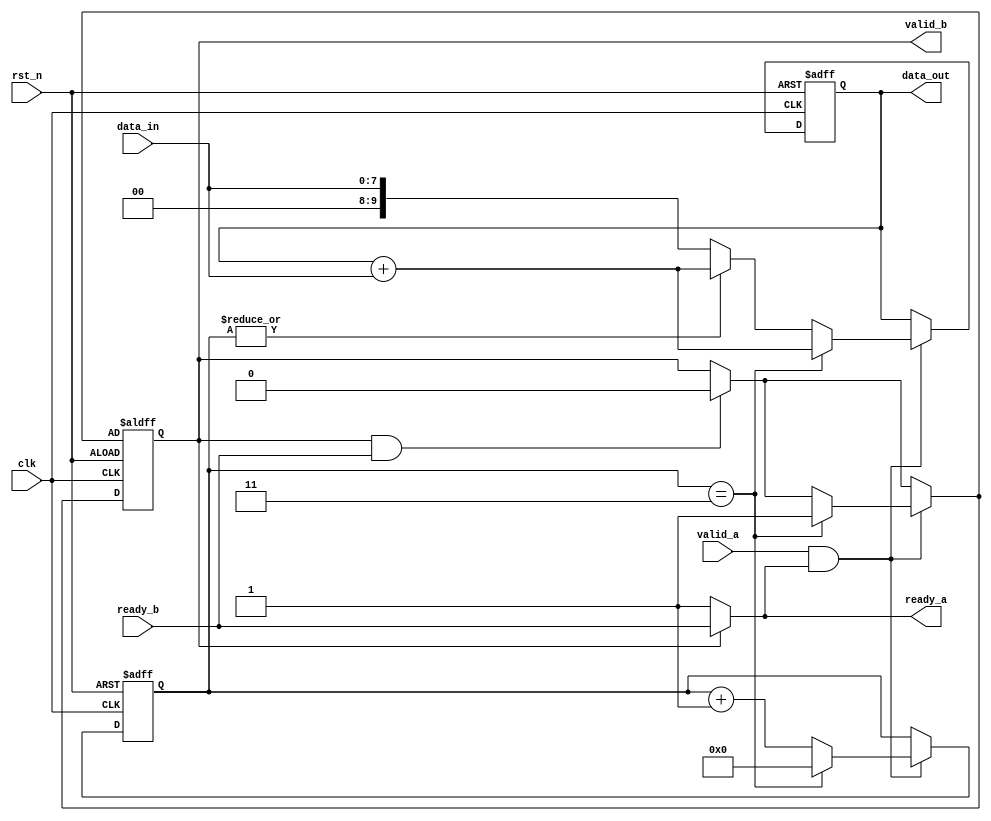

/*
 * VL31  
 *  8bit44valid-ready
 * valid_adata_invalid_bdata_outready_aready_bclkrst_n 
 */
`timescale 1ns/1ns

module valid_ready(
    input  wire clk,
    input  wire rst_n,

    input  wire [7:0] data_in,
    input  wire valid_a,
    output wire ready_a,

    output wire [9:0] data_out,
    output wire valid_b,
    input  wire ready_b  
);
    localparam OUT_WIDTH = 10;
    localparam IN_WIDTH = 8;
    localparam CNT_WIDTH = 4;
    reg [OUT_WIDTH-1:0] data_out_reg = {OUT_WIDTH{1'b0}}, data_out_next;
    reg [IN_WIDTH-1:0] data_in_reg = {IN_WIDTH{1'b0}}, data_in_next;
    reg [CNT_WIDTH-1:0] cnt_reg = {CNT_WIDTH{1'b0}}, cnt_next;
    reg valid_b_reg = 1'b0, valid_b_next;
    assign ready_a = valid_b_reg ? ready_b : 1'b1;
    assign valid_b = valid_b_reg;
    assign data_out = data_out_reg;
    always @(*) begin
        data_out_next = data_out_reg;
        valid_b_next = valid_b_reg;
        cnt_next = cnt_reg;
        if (valid_b & ready_b) begin
            valid_b_next = 1'b0;
        end
        if (valid_a & ready_a) begin
            data_out_next = data_out_reg+{2'b00, data_in};
            cnt_next = cnt_reg + 1;
            if (cnt_reg == 4'h3) begin
                cnt_next = {CNT_WIDTH{1'b0}};
                valid_b_next = 1'b1;
            end else if (~|cnt_reg) begin
                data_out_next = {2'b00, data_in};
            end
        end
    end
    always @(posedge clk or negedge rst_n) begin
        if (~rst_n) begin
            data_out_reg <= {OUT_WIDTH{1'b0}};
            data_in_reg <= {IN_WIDTH{1'b0}};
            cnt_reg <= {CNT_WIDTH{1'b0}};
            valid_b_reg <= valid_b_next;
        end else begin
            data_out_reg <= data_out_next;
            data_in_reg <= data_in_next;
            cnt_reg <= cnt_next;
            valid_b_reg <= valid_b_next;
        end
    end
endmodule